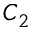
C _ { 2 }